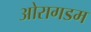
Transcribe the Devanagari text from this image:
ओरागडम